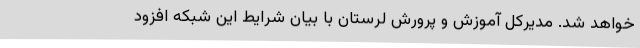
خواهد شد. مدیرکل آموزش و پرورش لرستان با بیان شرایط این شبکه افزود